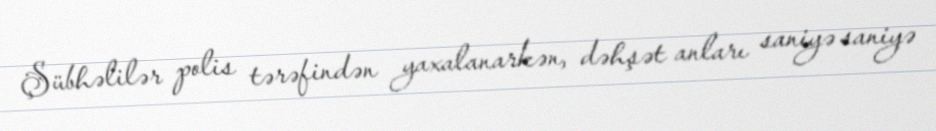
Şübhəlilər polis tərəfindən yaxalanarkən, dəhşət anları saniyə saniyə